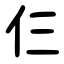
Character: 仨